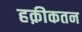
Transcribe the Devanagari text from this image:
हक़ीकतन